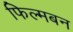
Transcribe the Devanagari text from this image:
फिल्मबन